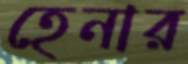
হেনার